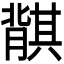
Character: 𬛛